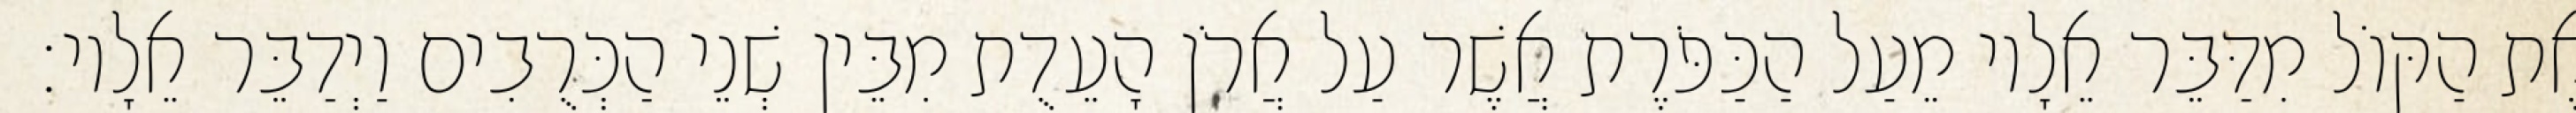
אֶת הַקּוֹל מִדַּבֵּר אֵלָיו מֵעַל הַכַּפֹּרֶת אֲשֶׁר עַל אֲרֹן הָעֵדֻת מִבֵּין שְׁנֵי הַכְּרֻבִים וַיְדַבֵּר אֵלָיו׃